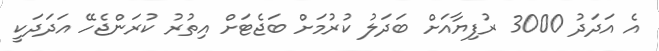
އެ އަދަދު 3000 ރުފިޔާއަށް ބަދަލު ކުރުމަށް ބަޖެޓަށް އިތުރު ކުރަންޖެހޭ އަދަދަކީ